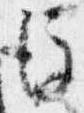
後